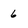
Character: 6